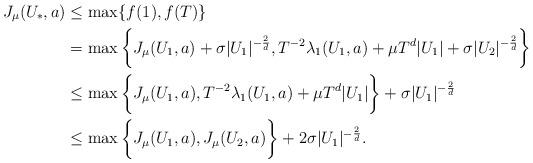
LaTeX: \begin{align*} J_\mu(U_*,a) &\leq \max\{f(1),f(T)\}\\ & = \max\bigg\{J_\mu(U_1,a)+\sigma|U_1|^{-\frac{2}{d}},T^{-2}\lambda_1(U_1,a) + \mu T^{d}|U_1|+\sigma|U_2|^{-\frac{2}{d}}\bigg\} \\ &\leq\max\bigg\{J_\mu(U_1,a),T^{-2}\lambda_1(U_1,a)+ \mu T^{d}|U_1|\bigg\} + \sigma |U_1|^{-\frac{2}{d}} \\ &\leq\max\bigg\{J_\mu(U_1,a),J_\mu(U_2,a)\bigg\}+2 \sigma |U_1|^{-\frac{2}{d}}. \end{align*}